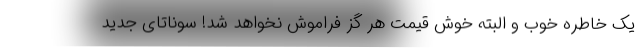
یک خاطره خوب و البته خوش قیمت هر گز فراموش نخواهد شد! سوناتای جدید